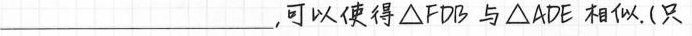
___,可以使得△FDB与△ADE相似（只